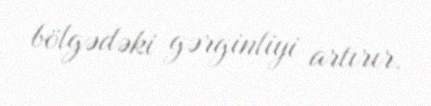
bölgədəki gərginliyi artırır.